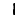
Digit: 1